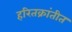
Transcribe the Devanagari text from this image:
हरितक्रांतीत